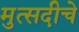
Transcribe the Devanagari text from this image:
मुत्सदीचे